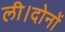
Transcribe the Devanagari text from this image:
ली।दोनों